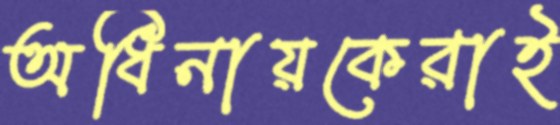
অধিনায়কেরাই